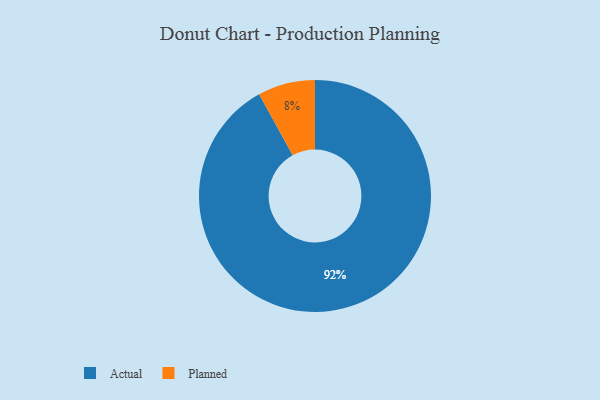
{"axis": {"x": "Category", "y": "Percentage"}, "legend": ["Actual", "Planned"], "data": [{"x": "Actual", "y": 92, "type": "Actual"}, {"x": "Planned", "y": 8, "type": "Planned"}]}